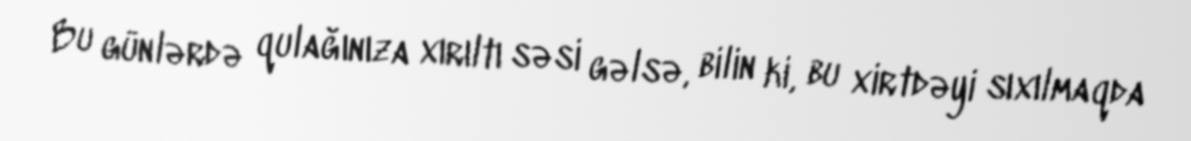
Bu günlərdə qulağınıza xırıltı səsi gəlsə, bilin ki, bu xirtdəyi sıxılmaqda